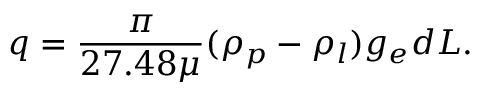
q = \frac { \pi } { 2 7 . 4 8 \mu } ( \rho _ { p } - \rho _ { l } ) g _ { e } d L .